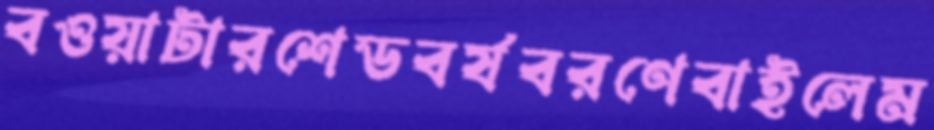
বওয়াটারশেডবর্ষবরণেবাইলেম